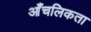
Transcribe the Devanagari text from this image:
आँचलिकता